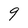
Character: 9